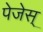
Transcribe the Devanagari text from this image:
पेजेस्